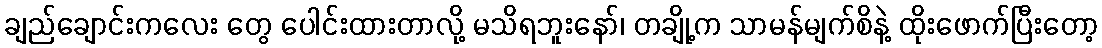
ချည်ချောင်းကလေး တွေ ပေါင်းထားတာလို့ မသိရဘူးနော်၊ တချို့က သာမန်မျက်စိနဲ့ ထိုးဖောက်ပြီးတော့